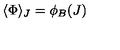
\langle \Phi \rangle _ { J } = \phi _ { B } ( J )